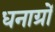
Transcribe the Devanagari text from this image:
धनाग्रों